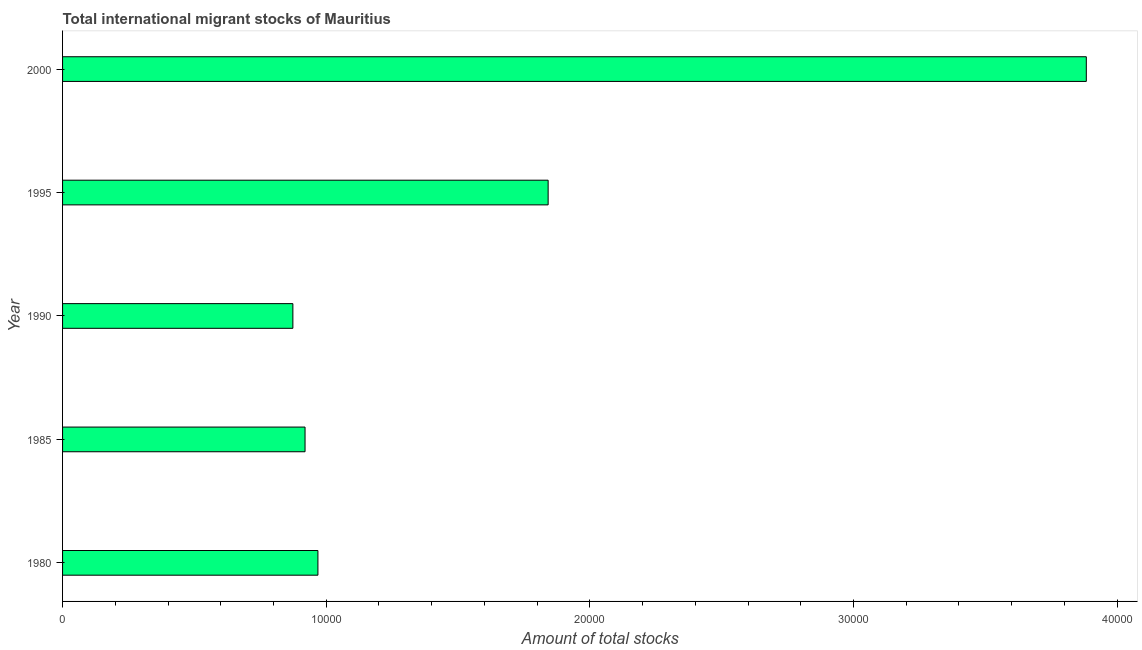
| Year | International migrant stock |
 | --- | --- |
 | 1980 | 9.69e+03 |
 | 1985 | 9.2e+03 |
 | 1990 | 8.74e+03 |
 | 1995 | 1.84e+04 |
 | 2000 | 3.88e+04 |